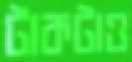
টাকটাও